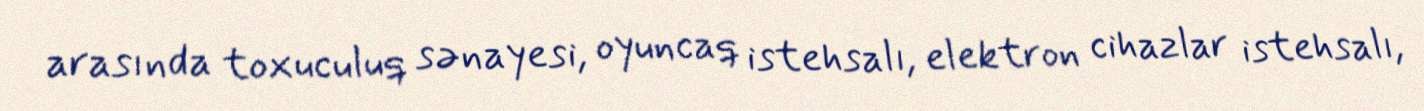
arasında toxuculuq sənayesi, oyuncaq istehsalı, elektron cihazlar istehsalı,